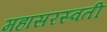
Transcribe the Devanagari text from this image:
महासरस्‍वती